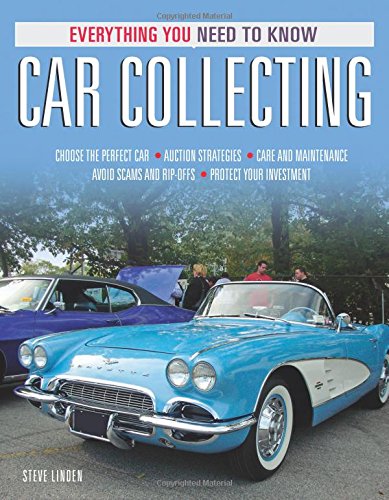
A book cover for Car Collecting: Everything You Need to Know; Steve Linden; Crafts, Hobbies & Home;